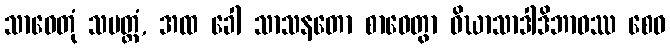
သာဓေတုံ သမတ္ထံ, အထ ခေါ သာသနတော စာဝေတွာ ဝိဃာသာဒါဒိဘာဝဿ စေဝ